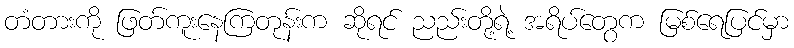
တံတားကို ဖြတ်ကူးနေကြတုန်းက ဆိုရင် ညည်းတို့ရဲ့ အရိပ်တွေက မြစ်ရေပြင်မှာ